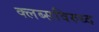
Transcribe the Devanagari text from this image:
क्लब्सविरुध्द